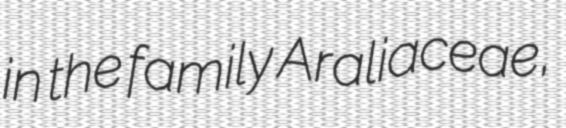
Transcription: in the family Araliaceae,